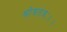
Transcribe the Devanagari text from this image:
श्रोत्रतंत्रः।।